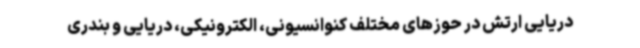
دریایی ارتش در حوزهای مختلف کنوانسیونی، الکترونیکی، دریایی و بندری